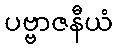
ပဗ္ဗာဇနီယံ